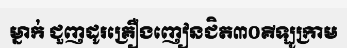
ម្នាក់ ជួញដូរគ្រឿងញៀនជិត៣០គីឡូក្រាម